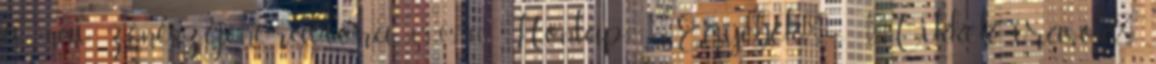
a mai zenészgenerációra 03-05-10 Honlap: 'Egyebek' - 'Cikkek, írások'